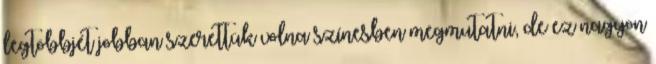
legtöbbjét jobban szerettük volna színesben megmutatni, de ez nagyon